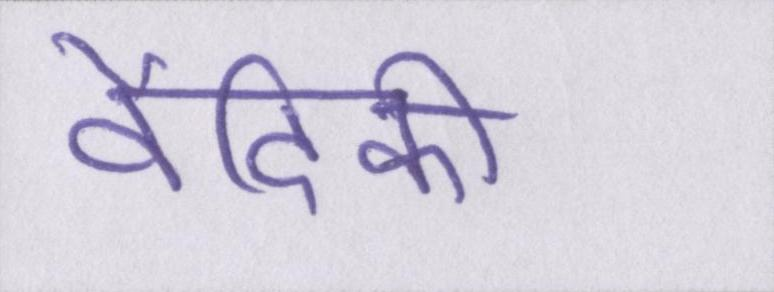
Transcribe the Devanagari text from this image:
वैदिकी